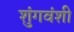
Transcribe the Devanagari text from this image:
शुंगवंशी